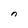
Character: n